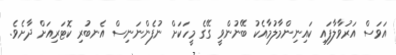
އަވަސް އަރުވާލާފައި ކައިނިންމާލުމާއެކު ބޭނުންވީ ގޭގެ މީހަކަށް ނުފެންނަނިސް އެނބުރި ކޮޓަރިއަށް ދާށެވެ.